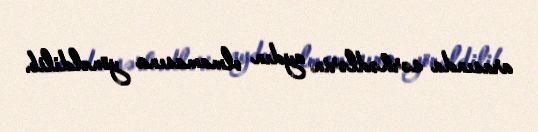
arasında sərhədlərin aydın olmamasına yönəldilib.